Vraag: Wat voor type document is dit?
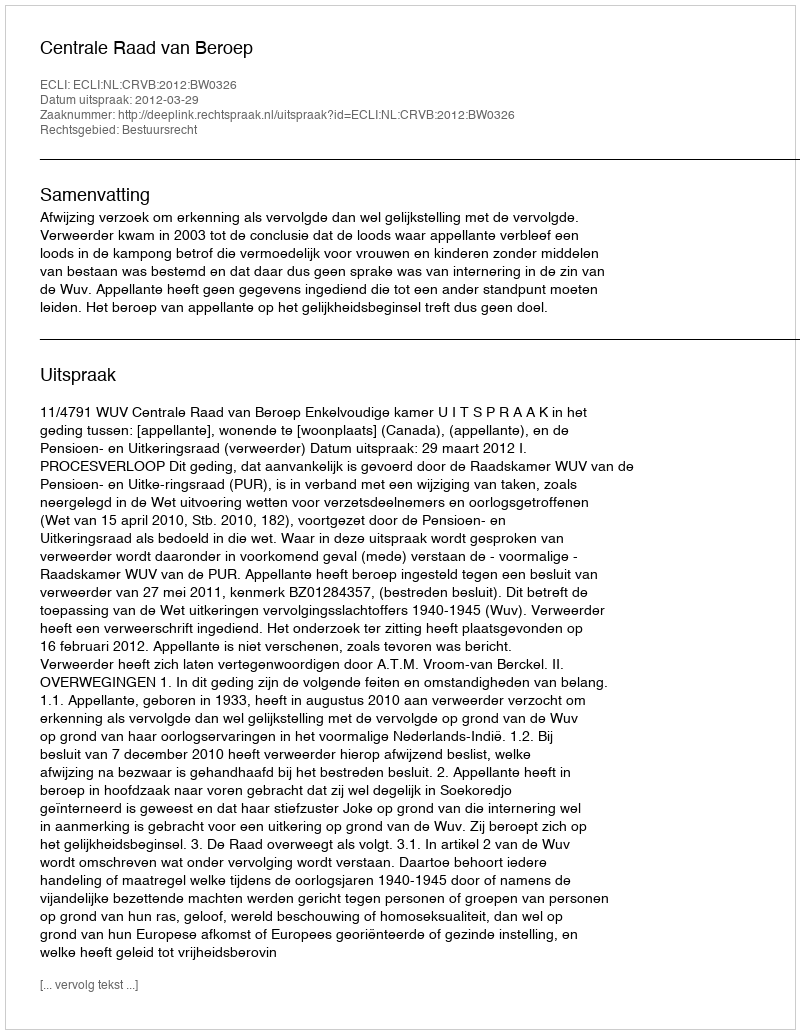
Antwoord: Uitspraak